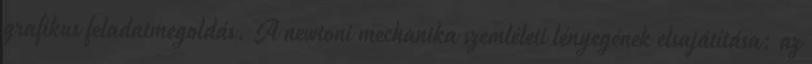
grafikus feladatmegoldás. A newtoni mechanika szemléleti lényegének elsajátítása: az